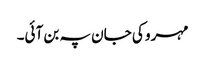
مہرو کی جان پہ بن آئی۔